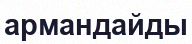
армандайды